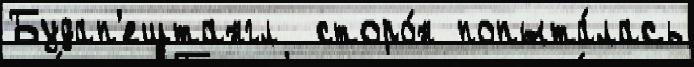
Будап'ештангл  сторо́н попыта́лась